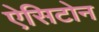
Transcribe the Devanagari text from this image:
ऐसिटोन